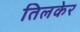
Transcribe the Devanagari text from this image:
तिलकेर